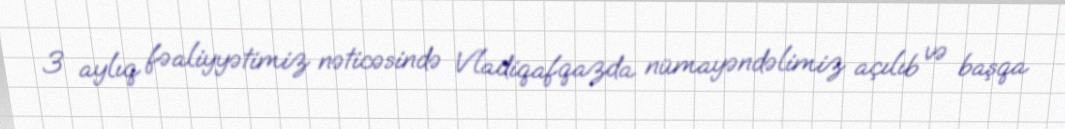
3 aylıq fəaliyyətimiz nəticəsində Vladiqafqazda nümayəndəlimiz açılıb və başqa